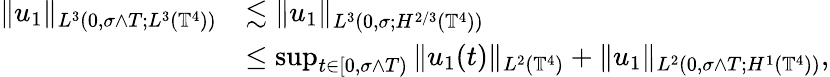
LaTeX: \begin{array}{rl}{\| u_{1}\| _{L^{3}(0,\sigma\wedge T;L^{3}(\mathbb{T}^{4}))}}&{\lesssim\| u_{1}\| _{L^{3}(0,\sigma;H^{2/3}(\mathbb{T}^{4}))}}\\ &{\leq\operatorname*{sup}_{t\in[0,\sigma\wedge T)}\| u_{1}(t)\| _{L^{2}(\mathbb{T}^{4})}+\| u_{1}\| _{L^{2}(0,\sigma\wedge T;H^{1}(\mathbb{T}^{4}))},}\end{array}